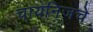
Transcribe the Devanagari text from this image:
चायनिजचे